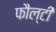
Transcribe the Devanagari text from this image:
फौल्टी